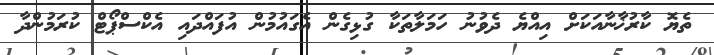
ތެޔޮ ކާރުޚާނާއަކަށް އިއްޔެ ދެވުނު ހަމަލާތަކާ ގުޅިގެން އެގައުމުން އުފައްދައި އެކްސްޕޯޓް ކުރަމުންދާ